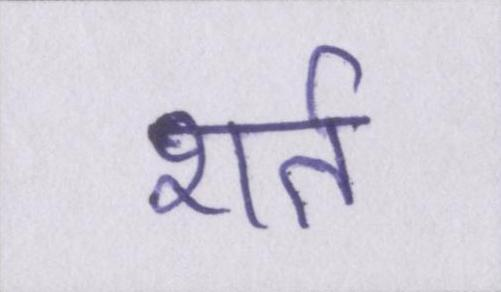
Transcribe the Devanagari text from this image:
शर्त